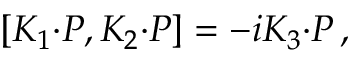
[ { \cal K } _ { 1 } { \cdot { \cal P } } , { \cal K } _ { 2 } { \cdot { \cal P } } ] = - i { \cal K } _ { 3 } { \cdot { \cal P } } \, ,